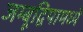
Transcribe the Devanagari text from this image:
जम्बूद्विपामध्ये